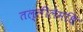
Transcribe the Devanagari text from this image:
तल्लीलेमधि